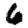
Digit: 6